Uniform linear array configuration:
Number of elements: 12
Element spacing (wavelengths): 0.75
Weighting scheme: binomial
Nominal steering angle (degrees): -30
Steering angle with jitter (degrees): -29.762
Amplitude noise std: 0.05
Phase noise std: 0.05

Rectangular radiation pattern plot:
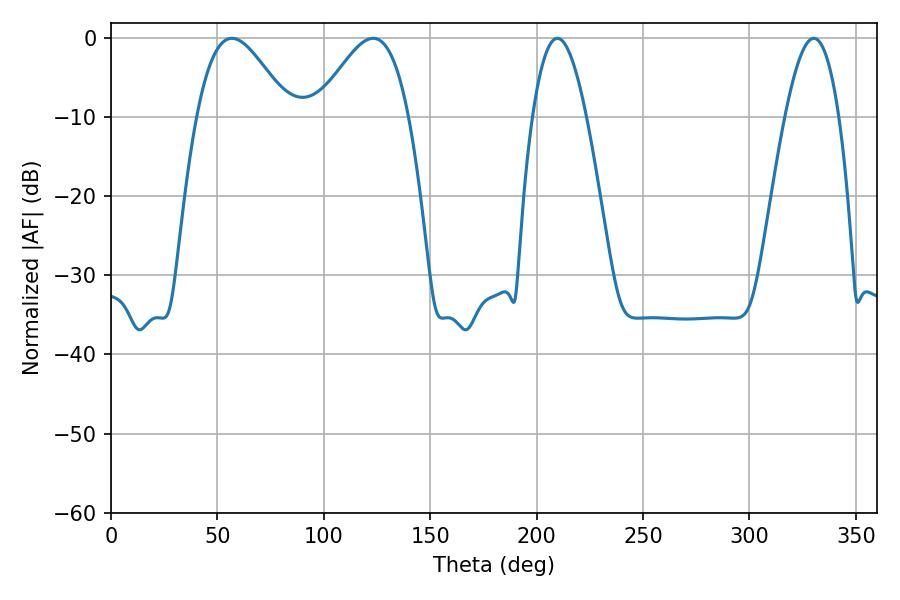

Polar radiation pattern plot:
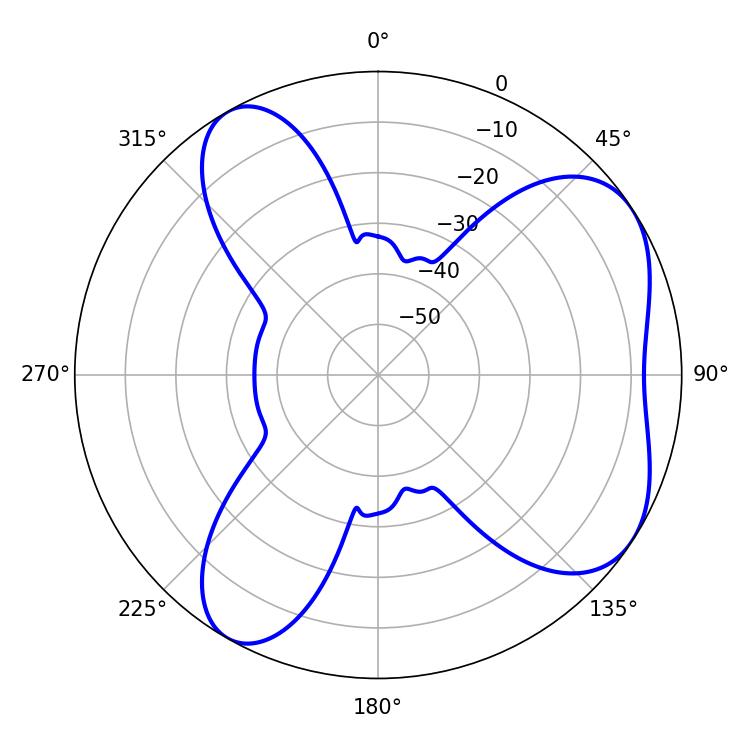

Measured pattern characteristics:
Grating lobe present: TRUE
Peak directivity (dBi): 5.793
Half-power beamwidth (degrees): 23.04
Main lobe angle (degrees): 56.88